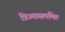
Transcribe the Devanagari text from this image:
त्रिज्यासममित